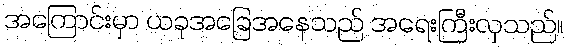
အကြောင်းမှာ ယခုအခြေအနေသည် အရေးကြီးလှသည်။